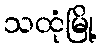
သထုံမြို့